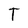
Character: T